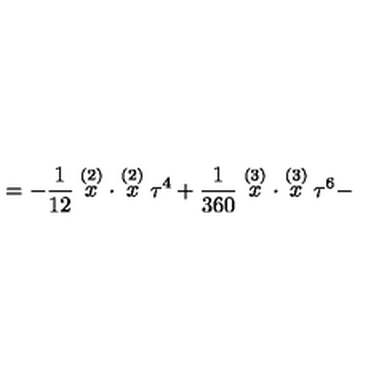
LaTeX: = - \frac 1 { 1 2 } \stackrel { ( 2 ) } { x } \cdot \stackrel { ( 2 ) } { x } \tau ^ { 4 } + \frac 1 { 3 6 0 } \stackrel { ( 3 ) } { x } \cdot \stackrel { ( 3 ) } { x } \tau ^ { 6 } -